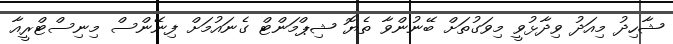
ޝާހިދު މިއަދު ވިދާޅުވީ މިވަގުތަށް ބޭނުންވާ ތެޔޮ ޝިޕްމަންޓް ގެނައުމަށް ފިނޭންސް މިނިސްޓްރީއާ